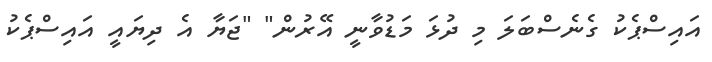
އައިސްޕެކު ގެނެސްބަލަ މި ދުޅަ މަޑުވާނީ އޭރުން" "ޖަޔާ އެ ދިޔައީ އައިސްޕެކު